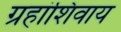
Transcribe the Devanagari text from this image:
ग्रहांशिवाय